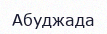
Абуджада